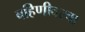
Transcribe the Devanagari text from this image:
बहिणीवरचा